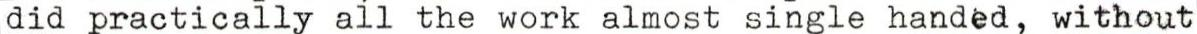
did practically all the work almost single handed, without